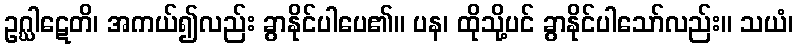
ဥဂ္ဃါဋေတိ၊ အကယ်၍လည်း ခွာနိုင်ပါပေ၏။ ပန၊ ထိုသို့ပင် ခွာနိုင်ပါသော်လည်း။ သယံ၊